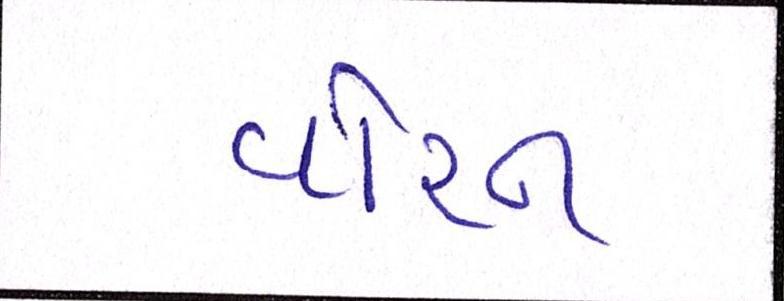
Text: વોરન